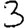
Digit: 3